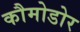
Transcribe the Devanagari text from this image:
कौमोडोर